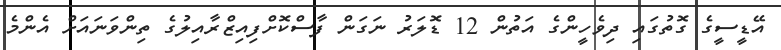
އޭޑީސީގެ ގޮތުގައި ދިވެހީންގެ އަތުން 12 ޑޮލަރު ނަގަން ފާސްކޮށްފިއިޒްރާއިލުގެ ތިންވަނައަށް އެންމެ